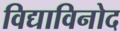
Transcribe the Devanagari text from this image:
विद्याविनोद